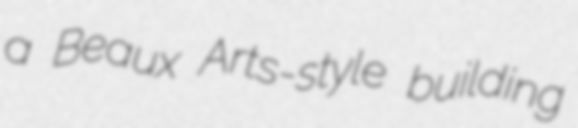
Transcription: a Beaux Arts-style building